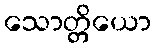
သောတ္တိယော